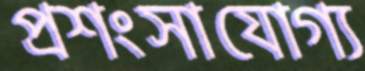
প্রশংসাযোগ্য